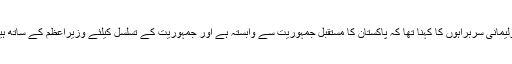
پارلیمانی سربراہوں کا کہنا تھا کہ پاکستان کا مستقبل جمہوریت سے وابستہ ہے اور جمہوریت کے تسلسل کیلئے وزیراعظم کے ساتھ ہیں۔